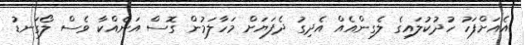
އެއަށްފަހު ހުދުކުލައިގެ ލެގިންއެއް އެދިގު ދެފަޔަށް މަހާލަމުން ގޮސް އަނެއްކާ ވެސް ލޯގަނޑު